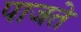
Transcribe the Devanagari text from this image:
पाजते